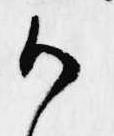
御